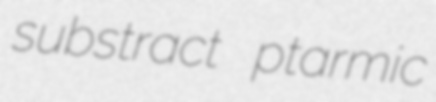
substract ptarmic